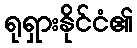
ရုရှားနိုင်ငံ၏